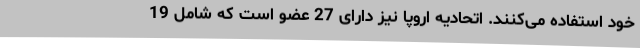
خود استفاده می‌کنند. اتحادیه اروپا نیز دارای 27 عضو است که شامل 19